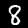
Label: 8